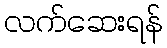
လက်ဆေးရန်